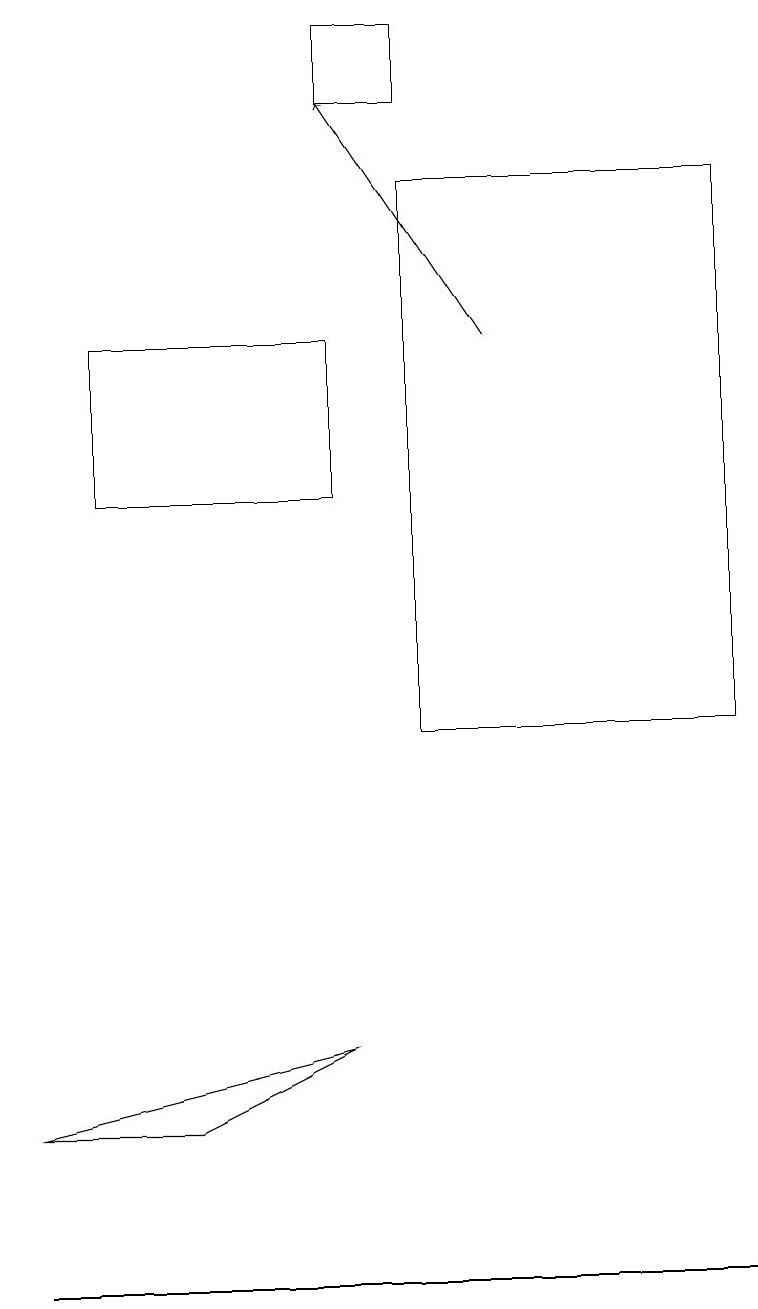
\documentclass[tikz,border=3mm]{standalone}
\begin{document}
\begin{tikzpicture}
\draw (2,5) -- (0,5) -- (4,6) -- cycle;
\draw (5,19) rectangle (4,18);
\draw (4,15) rectangle (1,13);
\draw (9,3) -- (2,3) -- (0,3) -- cycle;
\draw[->] (6,15) -- (4,18);
\draw (9,10) rectangle (5,17);
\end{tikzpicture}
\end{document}